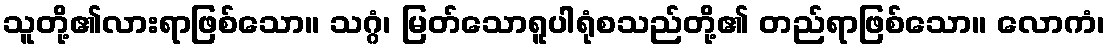
သူတို့၏လားရာဖြစ်သော။ သဂ္ဂံ၊ မြတ်သောရူပါရုံစသည်တို့၏ တည်ရာဖြစ်သော။ လောကံ၊